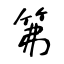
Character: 笰